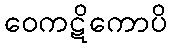
ဝေကဋိကောပိ